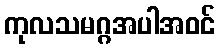
ကုလသမဂ္ဂအပါအဝင်